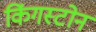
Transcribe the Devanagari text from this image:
किंगस्टोन